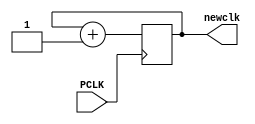

module halfclk( input PCLK, output wire newclk );

reg counter;
always@(posedge PCLK)
begin
    counter <= counter + 1;
end
assign newclk = counter;
endmodule